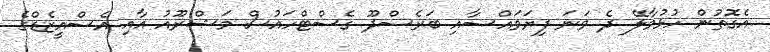
އެގޮތުން ހުޅުމާލޭ ދެ ވަނަ ފިޔަވައްސާއި ބަރެސްދޫ ގެސްޓްހައުސް މަޝްރޫއު އާއި އެސްއީޒެޑްގެ